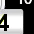
Digit: 3